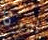
بيرثا